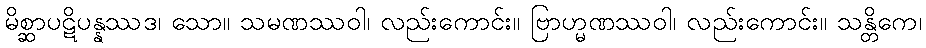
မိစ္ဆာပဋိပန္နဿဒ၊ သော။ သမဏဿဝါ၊ လည်းကောင်း။ ဗြာဟ္မဏဿဝါ၊ လည်းကောင်း။ သန္တိကေ၊